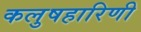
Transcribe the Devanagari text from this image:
कलुषहारिणी